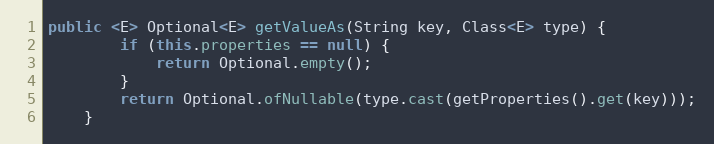
Language: Java
public <E> Optional<E> getValueAs(String key, Class<E> type) {
        if (this.properties == null) {
            return Optional.empty();
        }
        return Optional.ofNullable(type.cast(getProperties().get(key)));
    }